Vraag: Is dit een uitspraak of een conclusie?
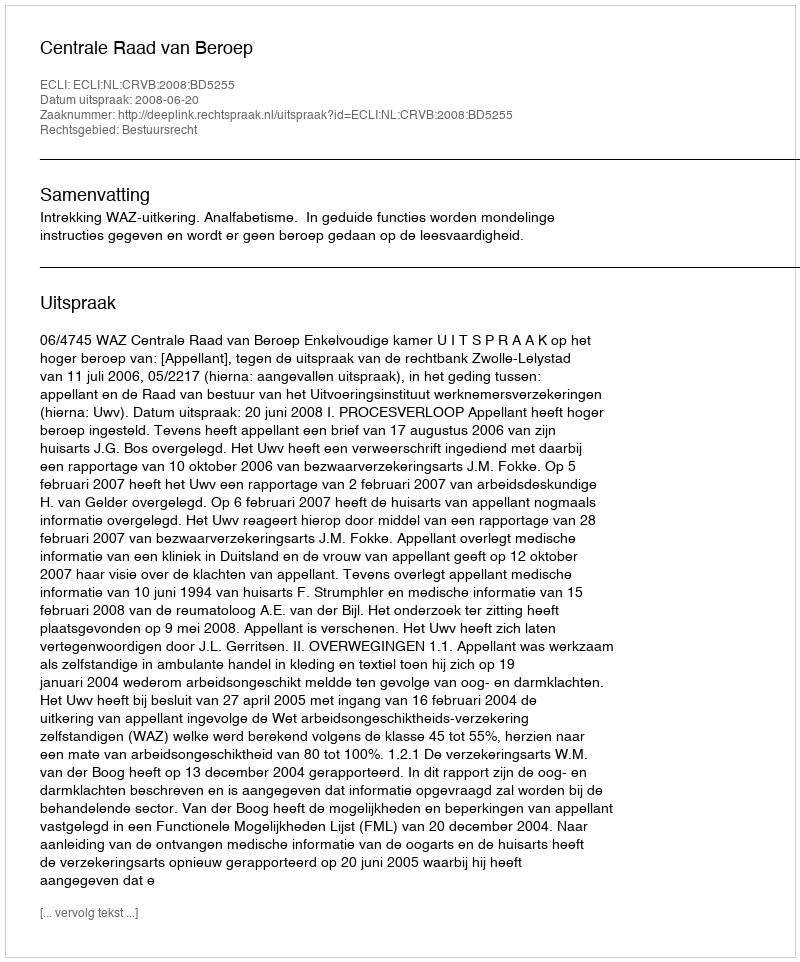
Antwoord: Uitspraak